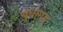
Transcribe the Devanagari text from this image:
बुधागड